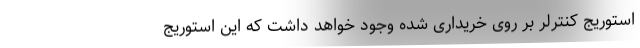
استوریج کنترلر بر روی خریداری شده وجود خواهد داشت که این استوریج